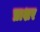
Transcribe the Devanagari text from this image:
प्राशर